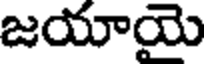
జయాయె